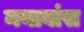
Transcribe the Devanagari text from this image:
नयाबांस